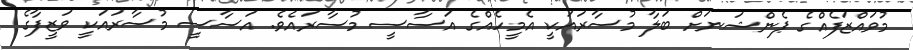
މުވައްޒަފެއްގެ ޕެންޝަނަށް ބަލާ މުސާރައަކީ އެމީހެއްގެ އަސާސީ މުސާރައެވެ. އަސާސީ މުސާރައަކީ ވަޒީފާގެ